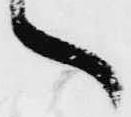
ヽ